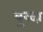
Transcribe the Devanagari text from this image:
बुरदा